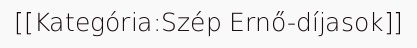
[[Kategória:Szép Ernő-díjasok]]